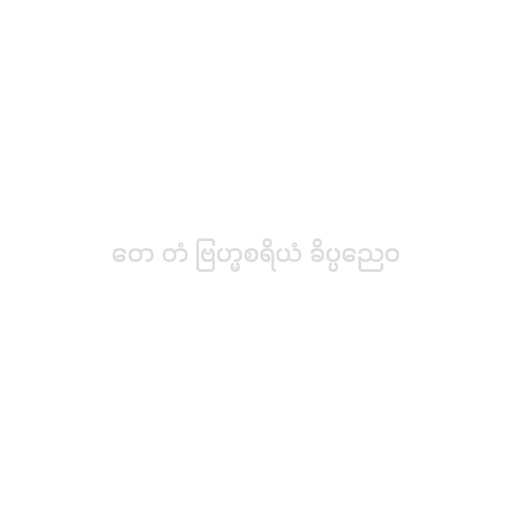
တေ တံ ဗြဟ္မစရိယံ ခိပ္ပညေဝ